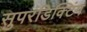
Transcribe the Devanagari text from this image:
सुपरंडिक्टिंग